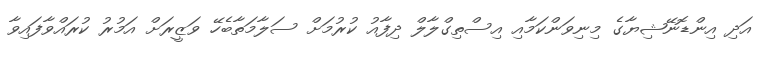
އަދި އިންޑޮނޭޝިޔާގެ މިނިވަންކަމާއި އިސްތިގްލާލް ދިފާއު ކުރުމަށް ސަލާމަތާބެހޭ ވަޒީރަށް އަމުރު ކުރައްވާފައިވާ